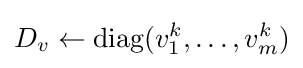
D_{v}\leftarrow \operatorname {diag} (v_{1}^{k},\ldots ,v_{m}^{k})